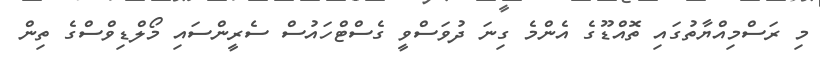
މި ރަސްމިއްޔާތުގައި ތޮއްޑޫގެ އެންމެ ގިނަ ދުވަސްވީ ގެސްޓްހައުސް ސެރީންސައި މޯލްޑިވްސްގެ ތިން